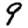
Digit: 9